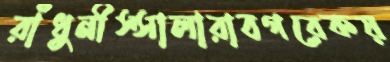
রাঁধুনীস্সালারাবগরেকয়